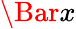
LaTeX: \Bar{x}